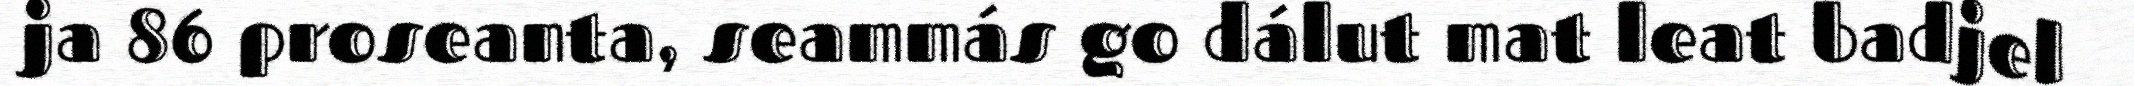
ja 86 proseanta, seammás go dálut mat leat badjel